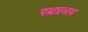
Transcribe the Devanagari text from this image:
पश्चप्रभाव